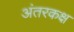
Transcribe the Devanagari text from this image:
अंतरकक्ष